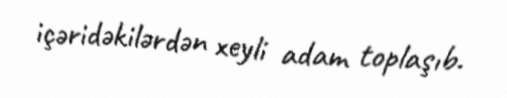
içəridəkilərdən xeyli adam toplaşıb.